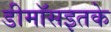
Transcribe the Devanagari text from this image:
डीमॉसइतके